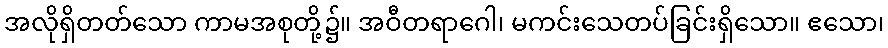
အလိုရှိတတ်သော ကာမအစုတို့၌။ အဝီတရာဂေါ၊ မကင်းသေတပ်ခြင်းရှိသော။ ဧသော၊